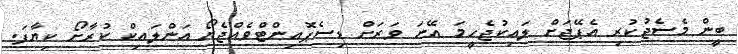
ބީން މެސެޖުކުރި އެޕޭޖަށް ލައިކުޖެހީމަ އޭނަ ވަރަށް ޑިސެޕޮއިންޓްވެއްޖެޔޯ އަންލައިކް ކުރާށޯ ކިޔާފަ.